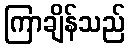
ကြာချိန်သည်